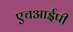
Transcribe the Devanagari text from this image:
एचआईपी